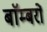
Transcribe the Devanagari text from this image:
बाॅम्बरों